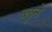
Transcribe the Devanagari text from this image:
ब्लूने